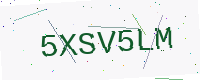
Text: 5XSV5LM